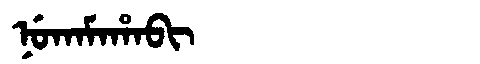
Manchu: ᠨᡠᡴᠠᠮᠠᡥᠠᠪᡳ
Romanization: NUKAMAHABI